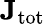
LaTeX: \mathbf{J}_{\mathrm{{tot}}}